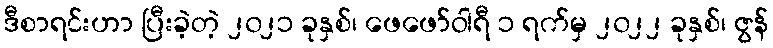
ဒီစာရင်းဟာ ပြီးခဲ့တဲ့ ၂၀၂၁ ခုနှစ်၊ ဖေဖော်ဝါရီ ၁ ရက်မှ ၂၀၂၂ ခုနှစ်၊ ဇွန်